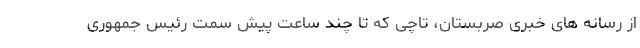
از رسانه های خبری صربستان، تاچی که تا چند ساعت پیش سمت رئیس جمهوری